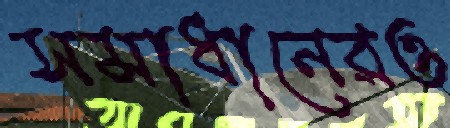
সমাধানেরও